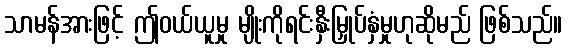
သာမန်အားဖြင့် ဤဝယ်ယူမှု မျိုးကိုရင်းနှီးမြှုပ်နှံမှုဟုဆိုမည် ဖြစ်သည်။